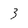
Character: 3